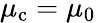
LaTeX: \mu_{\mathrm{c}}=\mu_{0}